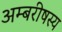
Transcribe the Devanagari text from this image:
अम्बरीषस्य